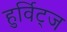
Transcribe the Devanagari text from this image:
हुर्विट्ज